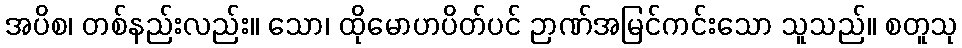
အပိစ၊ တစ်နည်းလည်း။ သော၊ ထိုမောဟပိတ်ပင် ဉာဏ်အမြင်ကင်းသော သူသည်။ စတူသု